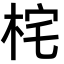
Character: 㭦